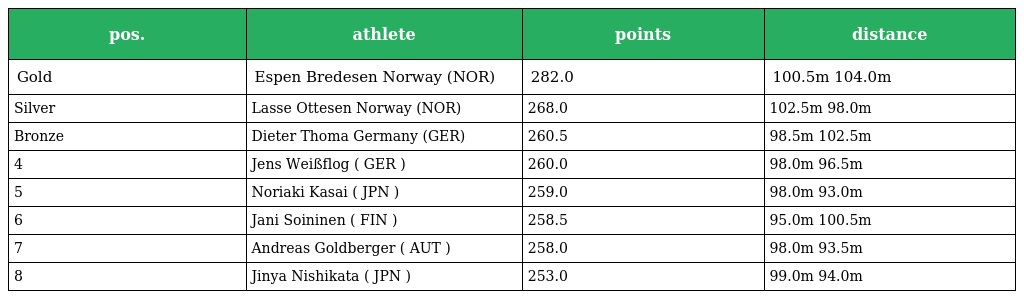
| pos. | athlete | points | distance |
 | --- | --- | --- | --- |
 | Gold | Espen Bredesen Norway (NOR) | 282.0 | 100.5m 104.0m |
 | Silver | Lasse Ottesen Norway (NOR) | 268.0 | 102.5m 98.0m |
 | Bronze | Dieter Thoma Germany (GER) | 260.5 | 98.5m 102.5m |
 | 4 | Jens Weißflog ( GER ) | 260.0 | 98.0m 96.5m |
 | 5 | Noriaki Kasai ( JPN ) | 259.0 | 98.0m 93.0m |
 | 6 | Jani Soininen ( FIN ) | 258.5 | 95.0m 100.5m |
 | 7 | Andreas Goldberger ( AUT ) | 258.0 | 98.0m 93.5m |
 | 8 | Jinya Nishikata ( JPN ) | 253.0 | 99.0m 94.0m |